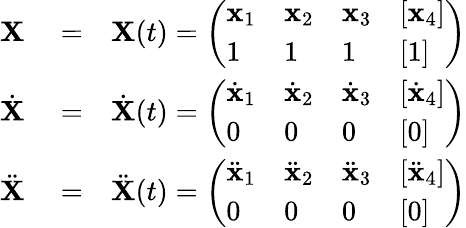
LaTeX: \begin{array}{rlr}{{\mathbf X}}&{{}=}&{{\mathbf X}(t)=\left(\begin{array}{llll}{{\mathbf x}_{1}}&{{\mathbf x}_{2}}&{{\mathbf x}_{3}}&{[{\mathbf x}_{4}]}\\ {1}&{1}&{1}&{[1]}\end{array}\right)}\\ {\dot{{\mathbf X}}}&{{}=}&{\dot{{\mathbf X}}(t)=\left(\begin{array}{llll}{\dot{{\mathbf x}}_{1}}&{\dot{{\mathbf x}}_{2}}&{\dot{{\mathbf x}}_{3}}&{[\dot{{\mathbf x}}_{4}]}\\ {0}&{0}&{0}&{[0]}\end{array}\right)}\\ {\ddot{{\mathbf X}}}&{{}=}&{\ddot{{\mathbf X}}(t)=\left(\begin{array}{llll}{\ddot{{\mathbf x}}_{1}}&{\ddot{{\mathbf x}}_{2}}&{\ddot{{\mathbf x}}_{3}}&{[\ddot{{\mathbf x}}_{4}]}\\ {0}&{0}&{0}&{[0]}\end{array}\right)}\end{array}